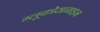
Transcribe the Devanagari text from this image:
ग्लूकोसामाइन